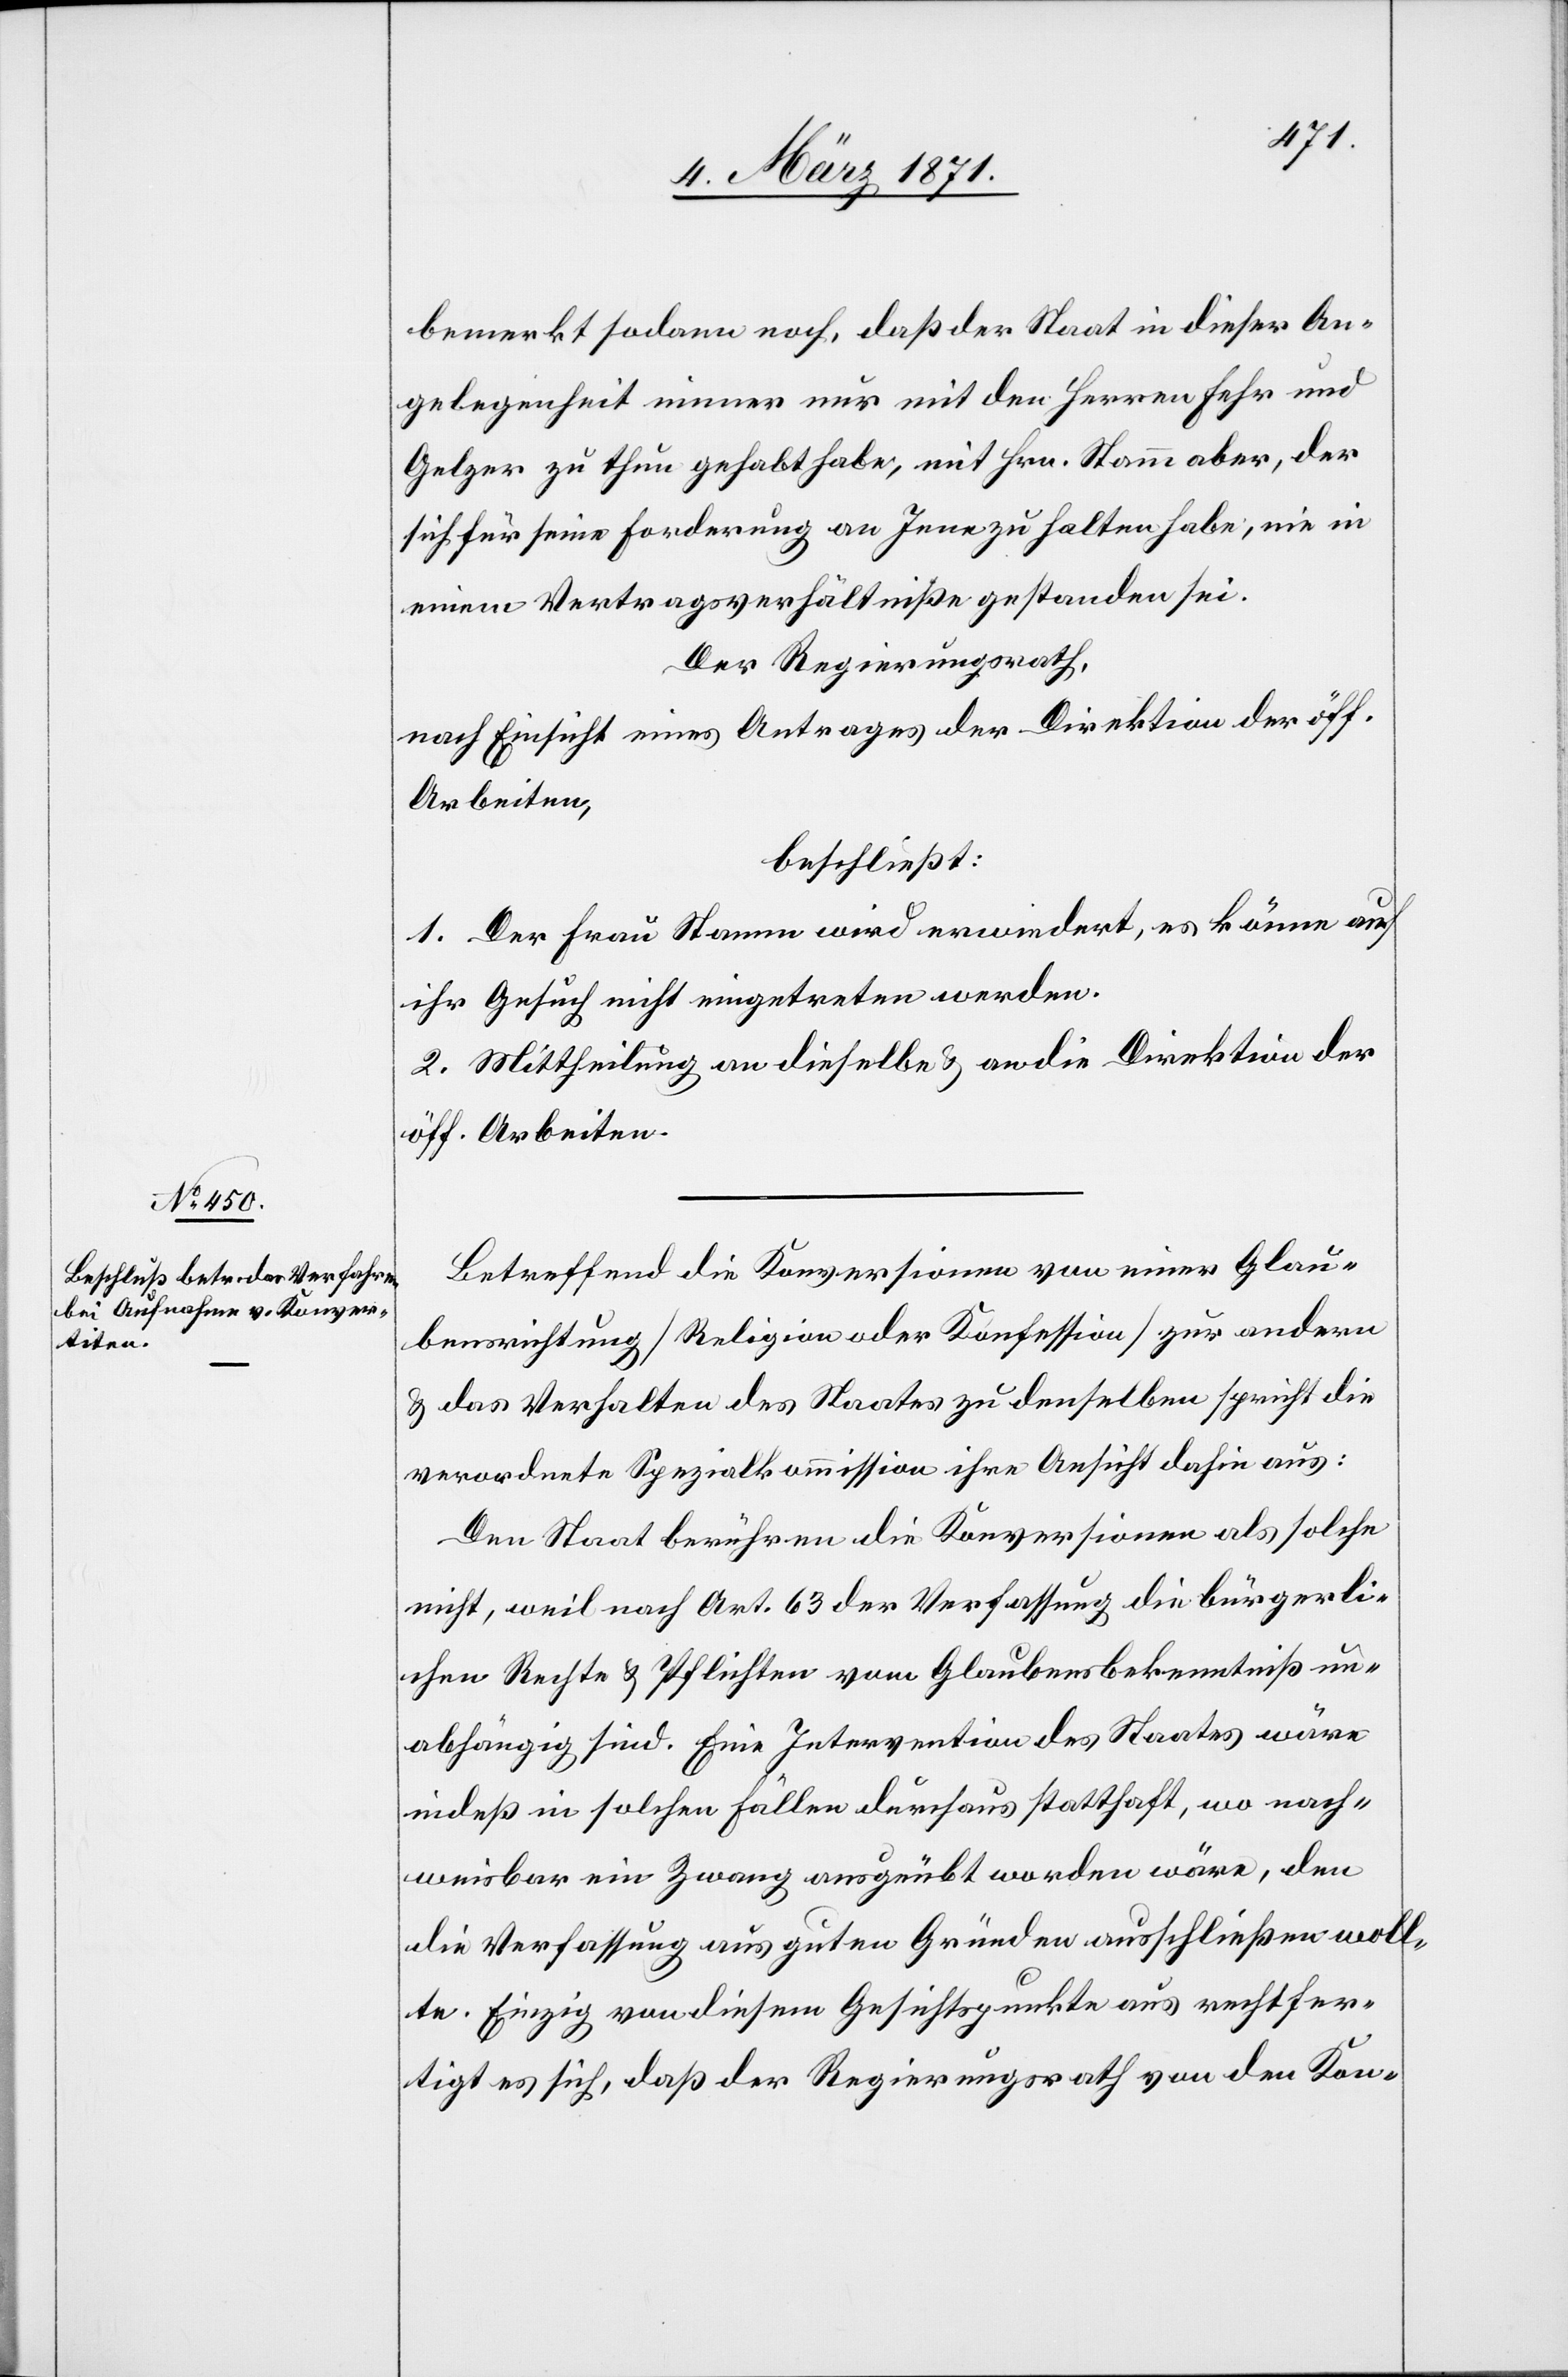
bemerkt sodann noch, daß der Staat in dieser An¬
gelegenheit immer nur mit den Herren Fehr und
Gelzer zu thun gehabt habe, mit Hrn. Stamm aber, der
sich für seine Forderung an Jene zu halten habe, nie in
einem Vertragsverhältniße gestanden sei.
Der Regierungsrath,
nach Einsicht eines Antrages der Direktion der öff.
Arbeiten,
beschließt:
1. Der Frau Stamm wird erwiedert, es könne auf
ihr Gesuch nicht eingetreten werden.
2. Mittheilung an dieselbe u. an die Direktion der
öff. Arbeiten.
Betreffend die Konversionen von einer Glau¬
bensrichtung [Religion oder Konfession] zur andern
u. das Verhalten des Staates zu denselben spricht die
verordnete Spezialkommission ihre Ansicht dahin aus:
Den Staat berühren die Konversionen als solche
nicht, weil nach Art. 63 der Verfassung die bürgerli¬
chen Rechte u. Pflichten vom Glaubensbekenntniß un¬
abhängig sind. Eine Intervention des Staates wäre
indeß in solchen Fällen durchaus statthaft, wo nach¬
weisbar ein Zwang ausgeübt worden wäre, den
die Verfassung aus guten Gründen ausschließen woll¬
te. Einzig von diesem Gesichtspunkte aus rechtfer¬
tigt es sich, daß der Regierungsrath von den Kon-